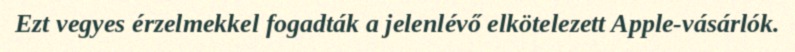
Ezt vegyes érzelmekkel fogadták a jelenlévő elkötelezett Apple-vásárlók.